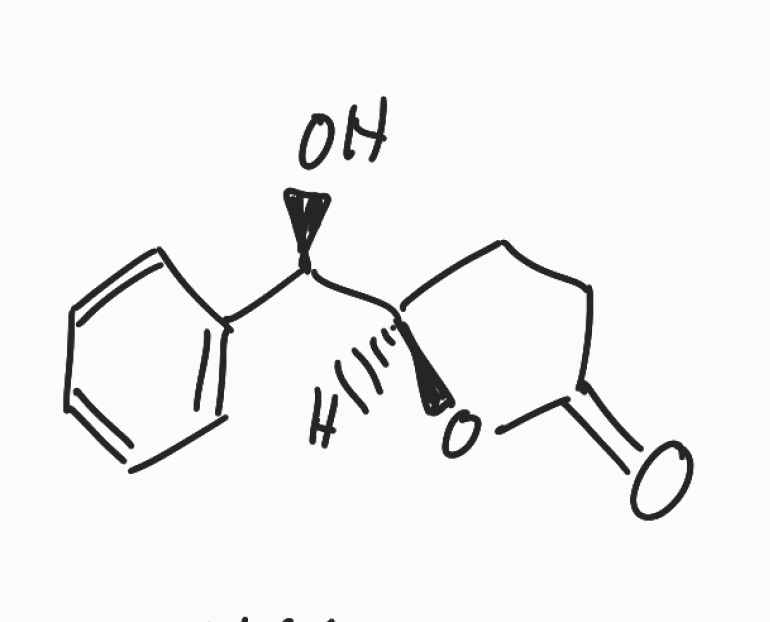
Simplified molecular-input line-entry system (SMILES) notation of the given molecule:
C1CC(=O)O[C@H]1[C@@H](C2=CC=CC=C2)O